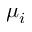
\mu _ { i }